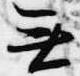
無